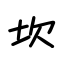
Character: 坎